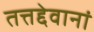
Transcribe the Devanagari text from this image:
तत्तद्देवानां